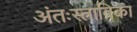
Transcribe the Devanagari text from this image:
अंतःस्त्राविका